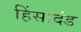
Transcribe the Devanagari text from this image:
हिंसादंड